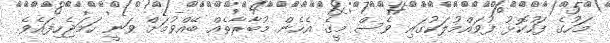
މަހުގެ ފަހުކޮޅު ފުވައްމުލަކުގައި ވެސް މީގެ އެހެން މުބާރާތެއް ބޭއްވުމަށް ވަނީ ހަމަޖެހިފައެވެ.